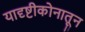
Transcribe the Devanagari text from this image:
यादृष्टीकोनातून